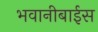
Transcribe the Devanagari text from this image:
भवानीबाईस